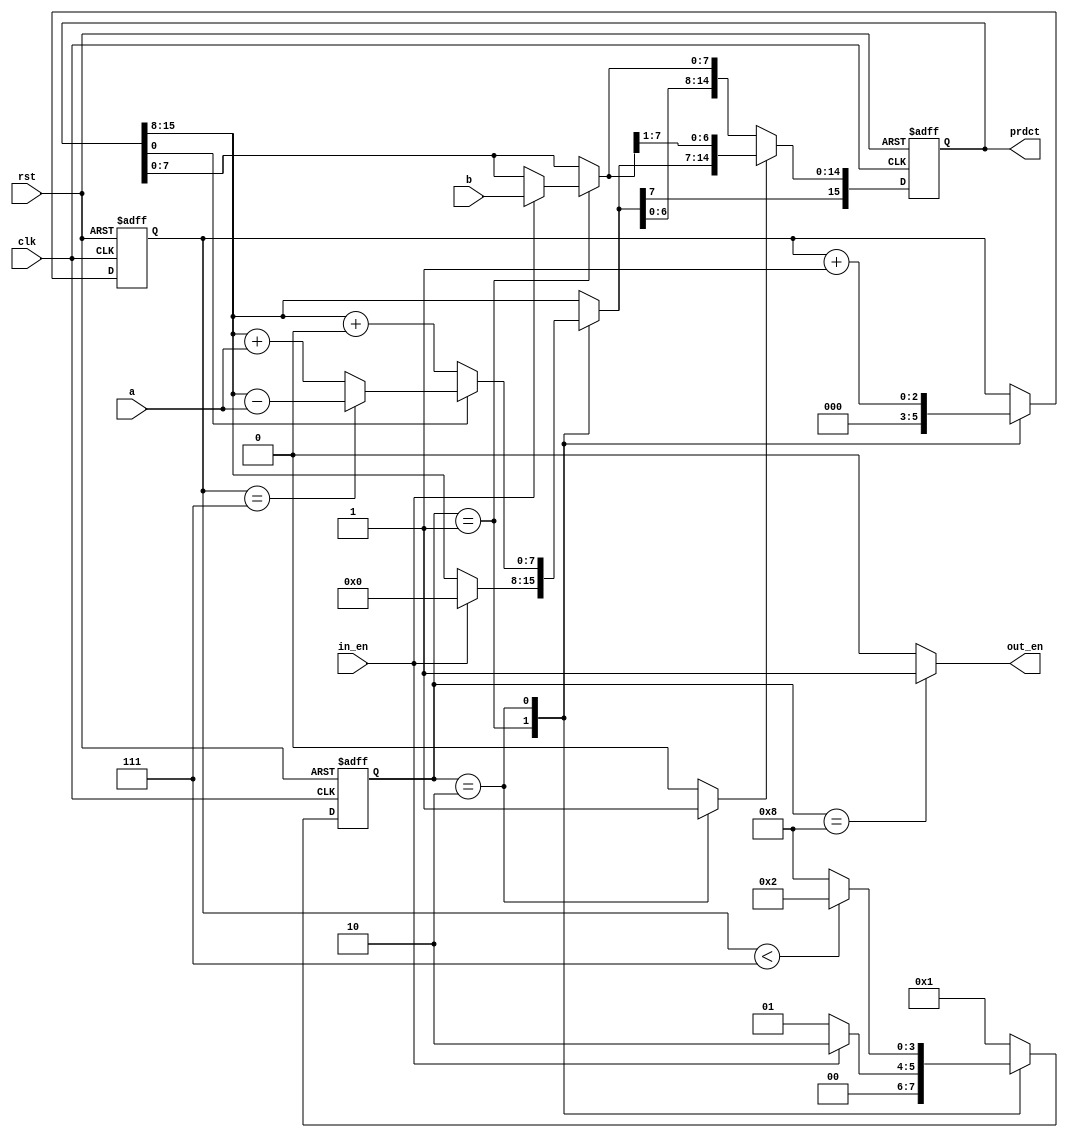
module fsm_mulplier(input clk,rst,in_en,input[7:0] a,b,output [15:0] prdct ,output reg out_en);
	 
	localparam s0=4'b0001,
	            s1=4'b0010,
					s2=4'b0100,
					s3=4'b1000;
//	reg [7:0]a;
	reg [3:0] stat_reg,next_reg;
	reg [2:0] count_reg,count_nxt;
	reg [15:0] b_reg,b_next;
	reg shift_rt ;
	
	always @(posedge clk, posedge rst)
	if(rst)begin
	stat_reg <= s0;
	count_reg<= 3'b0;
	b_reg    <= 16'h0000; end
	else begin
	stat_reg <= next_reg;
	count_reg<= count_nxt;
	if(shift_rt)
	b_reg    <= {b_next[15],b_next[15:1]};
	else 
	 b_reg    <=  b_next;
  end
	always @(*) begin
	out_en = 0;
	b_next = b_reg;
	shift_rt = 0;
	count_nxt = count_reg;
	case(stat_reg)
	s0: begin
           
				//a     = in_a;
								
				count_nxt = 0;
				if(in_en)begin
				b_next[7:0] = b;
				b_next[15:8]=8'h00;
		      next_reg  = s1 ; end
				else 
				next_reg  = s0 ; end
	 s1: begin
	        if(b_reg[0]) 
			       if(count_reg==3'b111)
			           b_next[15:8] = b_reg[15:8]-a;
					  else 
					  b_next[15:8] = b_reg[15:8]+a;
			   else
			           b_next[15:8] = b_reg[15:8]+0; 
				if(count_reg<3'b111)
				    next_reg  = s1 ;
				else
				    next_reg  = s3 ;
					 shift_rt  = 1;
				    count_nxt = count_reg+1;
				end
		
		s3: begin
		      out_en = 1;
				b_next = b_reg;				
			   next_reg  = s0;
            				end
		default: next_reg  = s0;
			endcase      end
assign prdct=b_reg;
	endmodule